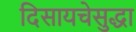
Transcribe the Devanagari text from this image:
दिसायचेसुद्धा